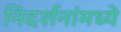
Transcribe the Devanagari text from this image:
निदर्शनांमध्ये